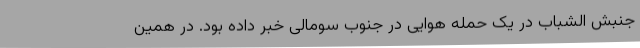
جنبش الشباب در یک حمله هوایی در جنوب سومالی خبر داده بود. در همین